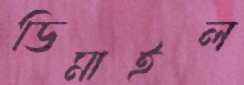
ডিমাইল